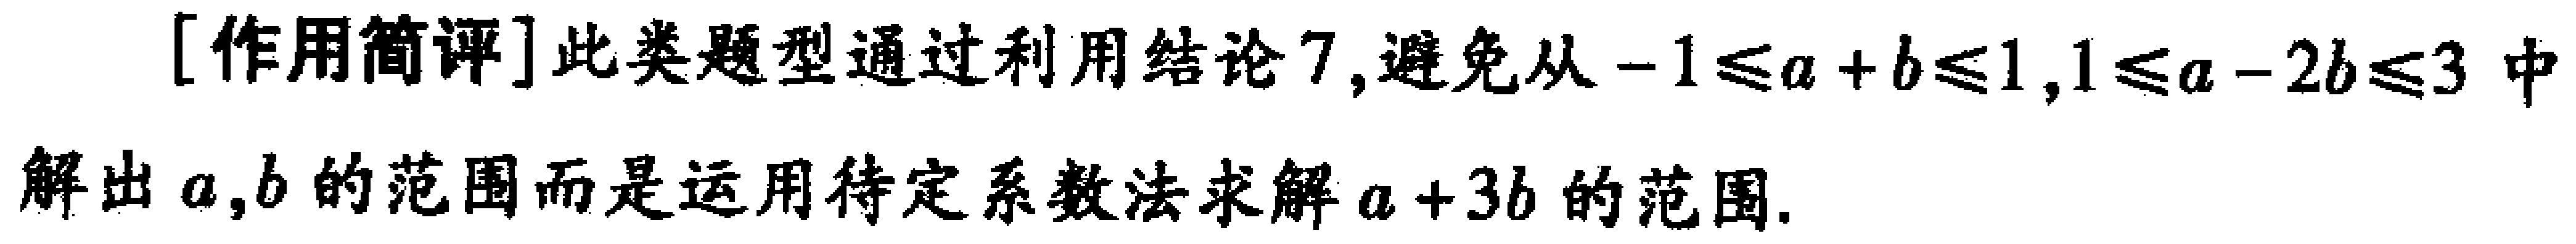
[作用简评]此类题型通过利用结论7,避免从\(-1\leq a + b\leq1,1\leq a - 2b\leq3\)中解出\(a,b\)的范围而是运用待定系数法求解\(a + 3b\)的范围.